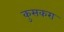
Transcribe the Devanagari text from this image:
कुसकरा